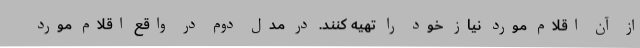
از آن اقلام مورد نیاز خود را تهیه کنند. در مدل دوم در واقع اقلام مورد